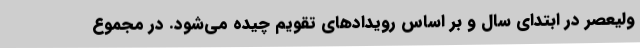
ولیعصر در ابتدای سال و بر اساس رویدادهای تقویم چیده می‌شود. در مجموع